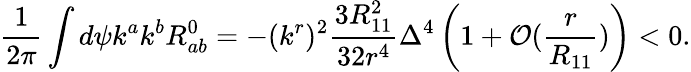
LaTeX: \frac{1}{2\pi}\int d\psi k^{a}k^{b}R_{ab}^{0}=-(k^{r})^{2}\frac{3R_{11}^{2}}{32r^{4}}\Delta^{4}\left(1+{\cal O}(\frac{r}{R_{11}})\right)<0.